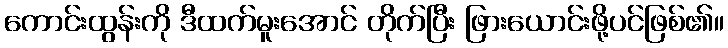
ကောင်းထွန်းကို ဒီထက်မူးအောင် တိုက်ပြီး ဖြားယောင်းဖို့ပင်ဖြစ်၏။